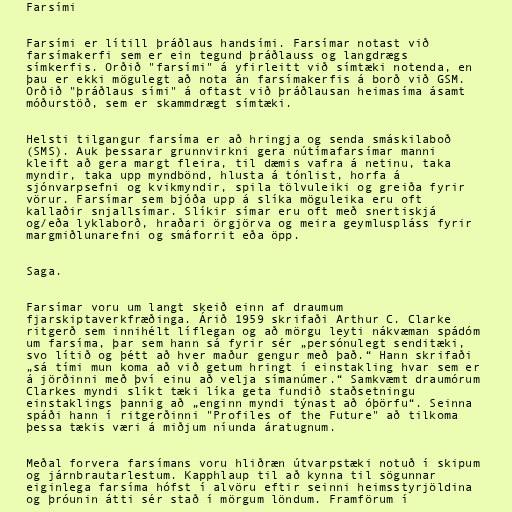
Farsími

Farsími er lítill þráðlaus handsími. Farsímar notast við
farsímakerfi sem er ein tegund þráðlauss og langdrægs
símkerfis. Orðið "farsími" á yfirleitt við símtæki notenda, en
þau er ekki mögulegt að nota án farsímakerfis á borð við GSM.
Orðið "þráðlaus sími" á oftast við þráðlausan heimasíma ásamt
móðurstöð, sem er skammdrægt símtæki.

Helsti tilgangur farsíma er að hringja og senda smáskilaboð
(SMS). Auk þessarar grunnvirkni gera nútímafarsímar manni
kleift að gera margt fleira, til dæmis vafra á netinu, taka
myndir, taka upp myndbönd, hlusta á tónlist, horfa á
sjónvarpsefni og kvikmyndir, spila tölvuleiki og greiða fyrir
vörur. Farsímar sem bjóða upp á slíka möguleika eru oft
kallaðir snjallsímar. Slíkir símar eru oft með snertiskjá
og/eða lyklaborð, hraðari örgjörva og meira geymluspláss fyrir
margmiðlunarefni og smáforrit eða öpp.

Saga.

Farsímar voru um langt skeið einn af draumum
fjarskiptaverkfræðinga. Árið 1959 skrifaði Arthur C. Clarke
ritgerð sem innihélt líflegan og að mörgu leyti nákvæman spádóm
um farsíma, þar sem hann sá fyrir sér „persónulegt senditæki,
svo lítið og þétt að hver maður gengur með það.“ Hann skrifaði
„sá tími mun koma að við getum hringt í einstakling hvar sem er
á jörðinni með því einu að velja símanúmer.“ Samkvæmt draumórum
Clarkes myndi slíkt tæki líka geta fundið staðsetningu
einstaklings þannig að „enginn myndi týnast að óþörfu“. Seinna
spáði hann í ritgerðinni "Profiles of the Future" að tilkoma
þessa tækis væri á miðjum níunda áratugnum.

Meðal forvera farsímans voru hliðræn útvarpstæki notuð í skipum
og járnbrautarlestum. Kapphlaup til að kynna til sögunnar
eiginlega farsíma hófst í alvöru eftir seinni heimsstyrjöldina
og þróunin átti sér stað í mörgum löndum. Framförum í